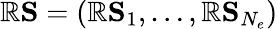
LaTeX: \mathbb{R}{\mathbf{{S}}}=(\mathbb{R}{\mathbf{{S}}}_{1},\ldots,\mathbb{R}{\mathbf{{S}}}_{N_{e}})